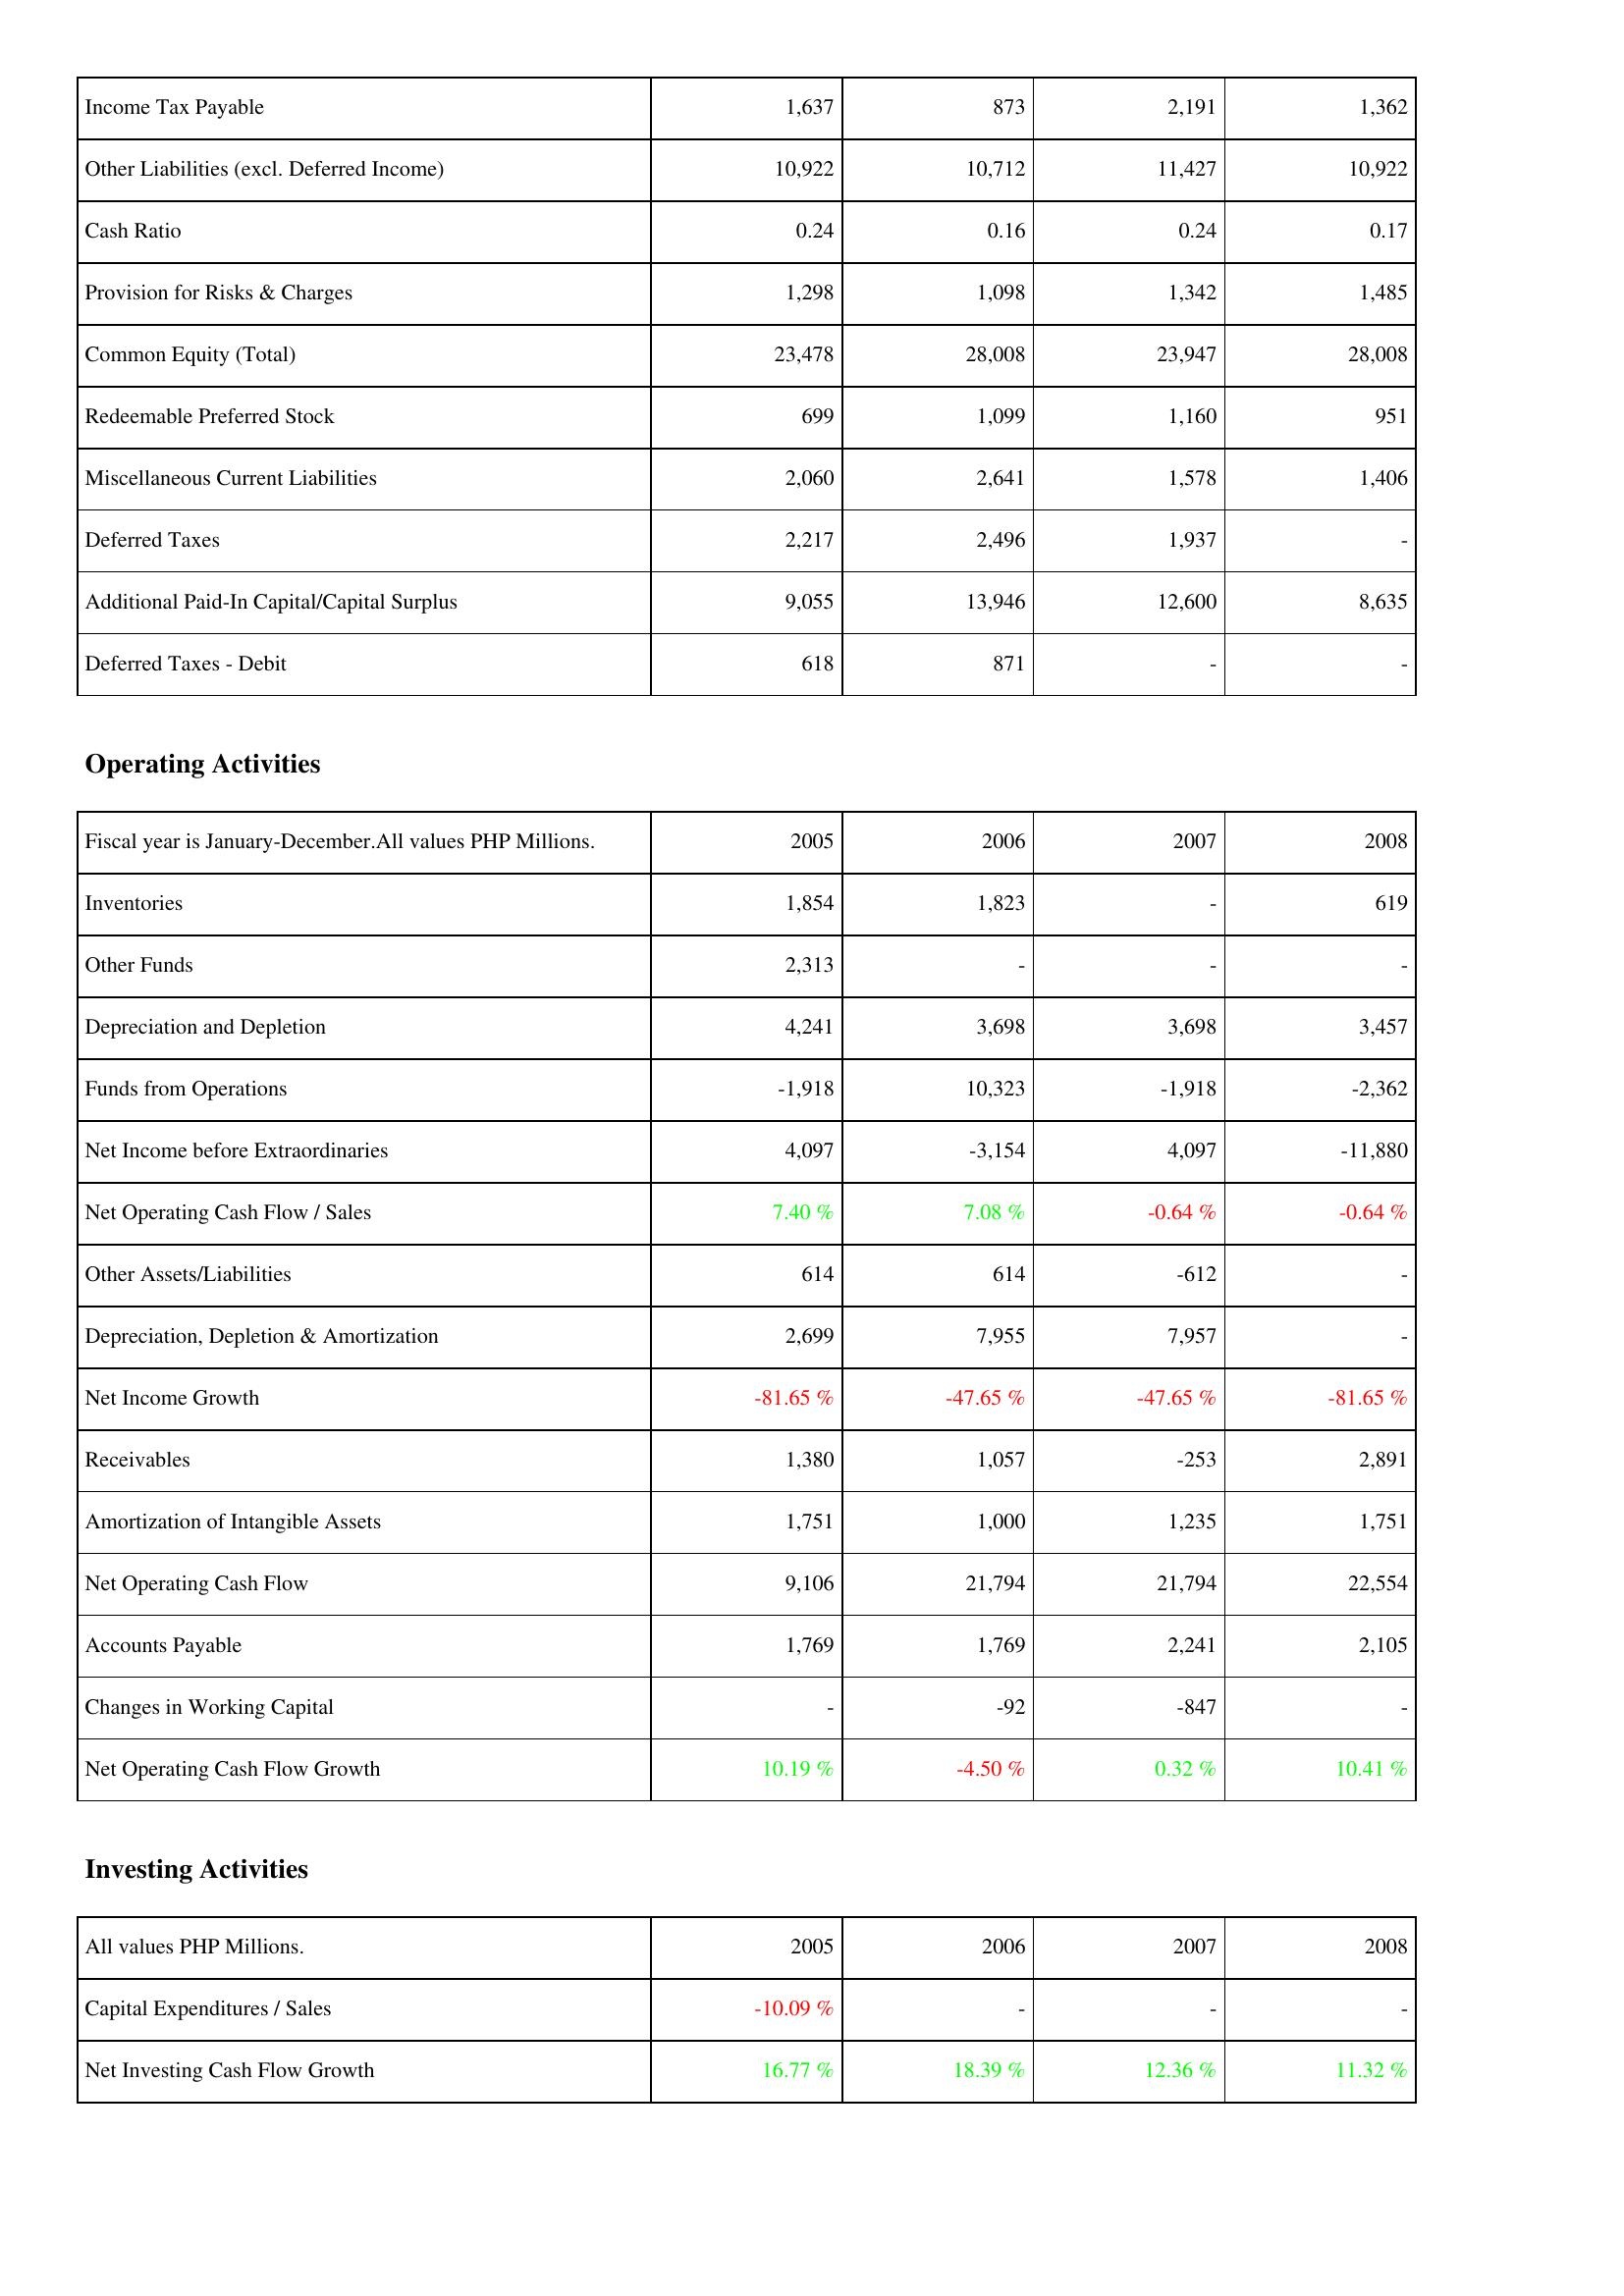
2005: Liabilities & Shareholders' Equity: Income Tax Payable: 1,637
Other Liabilities (excl. Deferred Income): 10,922
Cash Ratio: 0.24
Provision for Risks & Charges: 1,298
Common Equity (Total): 23,478
Redeemable Preferred Stock: 699
Miscellaneous Current Liabilities: 2,060
Deferred Taxes: 2,217
Additional Paid-In Capital/Capital Surplus: 9,055
Deferred Taxes - Debit: 618
Operating Activities: Inventories: 1,854
Other Funds: 2,313
Depreciation and Depletion: 4,241
Funds from Operations: -1,918
Net Income before Extraordinaries: 4,097
Net Operating Cash Flow / Sales: 7.40 %
Other Assets/Liabilities: 614
Depreciation, Depletion & Amortization: 2,699
Net Income Growth: -81.65 %
Receivables: 1,380
Amortization of Intangible Assets: 1,751
Net Operating Cash Flow: 9,106
Accounts Payable: 1,769
Changes in Working Capital: -
Net Operating Cash Flow Growth: 10.19 %
Investing Activities: Capital Expenditures / Sales: -10.09 %
Net Investing Cash Flow Growth: 16.77 %
2006: Liabilities & Shareholders' Equity: Income Tax Payable: 873
Other Liabilities (excl. Deferred Income): 10,712
Cash Ratio: 0.16
Provision for Risks & Charges: 1,098
Common Equity (Total): 28,008
Redeemable Preferred Stock: 1,099
Miscellaneous Current Liabilities: 2,641
Deferred Taxes: 2,496
Additional Paid-In Capital/Capital Surplus: 13,946
Deferred Taxes - Debit: 871
Operating Activities: Inventories: 1,823
Other Funds: -
Depreciation and Depletion: 3,698
Funds from Operations: 10,323
Net Income before Extraordinaries: -3,154
Net Operating Cash Flow / Sales: 7.08 %
Other Assets/Liabilities: 614
Depreciation, Depletion & Amortization: 7,955
Net Income Growth: -47.65 %
Receivables: 1,057
Amortization of Intangible Assets: 1,000
Net Operating Cash Flow: 21,794
Accounts Payable: 1,769
Changes in Working Capital: -92
Net Operating Cash Flow Growth: -4.50 %
Investing Activities: Capital Expenditures / Sales: -
Net Investing Cash Flow Growth: 18.39 %
2007: Liabilities & Shareholders' Equity: Income Tax Payable: 2,191
Other Liabilities (excl. Deferred Income): 11,427
Cash Ratio: 0.24
Provision for Risks & Charges: 1,342
Common Equity (Total): 23,947
Redeemable Preferred Stock: 1,160
Miscellaneous Current Liabilities: 1,578
Deferred Taxes: 1,937
Additional Paid-In Capital/Capital Surplus: 12,600
Deferred Taxes - Debit: -
Operating Activities: Inventories: -
Other Funds: -
Depreciation and Depletion: 3,698
Funds from Operations: -1,918
Net Income before Extraordinaries: 4,097
Net Operating Cash Flow / Sales: -0.64 %
Other Assets/Liabilities: -612
Depreciation, Depletion & Amortization: 7,957
Net Income Growth: -47.65 %
Receivables: -253
Amortization of Intangible Assets: 1,235
Net Operating Cash Flow: 21,794
Accounts Payable: 2,241
Changes in Working Capital: -847
Net Operating Cash Flow Growth: 0.32 %
Investing Activities: Capital Expenditures / Sales: -
Net Investing Cash Flow Growth: 12.36 %
2008: Liabilities & Shareholders' Equity: Income Tax Payable: 1,362
Other Liabilities (excl. Deferred Income): 10,922
Cash Ratio: 0.17
Provision for Risks & Charges: 1,485
Common Equity (Total): 28,008
Redeemable Preferred Stock: 951
Miscellaneous Current Liabilities: 1,406
Deferred Taxes: -
Additional Paid-In Capital/Capital Surplus: 8,635
Deferred Taxes - Debit: -
Operating Activities: Inventories: 619
Other Funds: -
Depreciation and Depletion: 3,457
Funds from Operations: -2,362
Net Income before Extraordinaries: -11,880
Net Operating Cash Flow / Sales: -0.64 %
Other Assets/Liabilities: -
Depreciation, Depletion & Amortization: -
Net Income Growth: -81.65 %
Receivables: 2,891
Amortization of Intangible Assets: 1,751
Net Operating Cash Flow: 22,554
Accounts Payable: 2,105
Changes in Working Capital: -
Net Operating Cash Flow Growth: 10.41 %
Investing Activities: Capital Expenditures / Sales: -
Net Investing Cash Flow Growth: 11.32 %